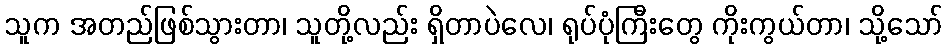
သူက အတည်ဖြစ်သွားတာ၊ သူတို့လည်း ရှိတာပဲလေ၊ ရုပ်ပုံကြီးတွေ ကိုးကွယ်တာ၊ သို့သော်